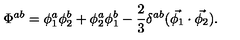
\Phi ^ { a b } = \phi _ { 1 } ^ { a } \phi _ { 2 } ^ { b } + \phi _ { 2 } ^ { a } \phi _ { 1 } ^ { b } - \frac { 2 } { 3 } \delta ^ { a b } ( \vec { \phi _ { 1 } } \cdot \vec { \phi _ { 2 } } ) .